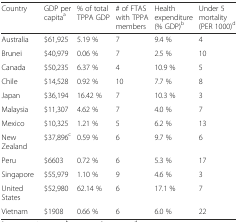
| Country | GDP per capitaa | % of total TPPA GDP | # of FTAS with TPPA members | Health expenditure (% GDP)b | Under 5 mortality (PER 1000)d |
 | --- | --- | --- | --- | --- | --- |
 | Australia | $61,925 | 5.19 % | 7 | 9.4 % | 4 |
 | Brunei | $40,979 | 0.06 % | 7 | 2.5 % | 10 |
 | Canada | $50,235 | 6.37 % | 4 | 10.9 % | 5 |
 | Chile | $14,528 | 0.92 % | 10 | 7.7 % | 8 |
 | Japan | $36,194 | 16.42 % | 7 | 10.3 % | 3 |
 | Malaysia | $11,307 | 4.62 % | 7 | 4.0 % | 7 |
 | Mexico | $10,325 | 1.21 % | 5 | 6.2 % | 13 |
 | New Zealand | $37,896c | 0.59 % | 6 | 9.7 % | 6 |
 | Peru | $6603 | 0.72 % | 6 | 5.3 % | 17 |
 | Singapore | $55,979 | 1.10 % | 9 | 4.6 % | 3 |
 | United States | $52,980 | 62.14 % | 6 | 17.1 % | 7 |
 | Vietnam | $1908 | 0.66 % | 6 | 6.0 % | 22 |